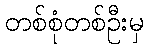
တစ်စုံတစ်ဦးမှ